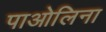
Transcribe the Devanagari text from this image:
पाओलिना